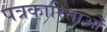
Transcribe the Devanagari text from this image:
पत्रकारिताओं